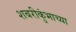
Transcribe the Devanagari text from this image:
शबरीकुंभाच्या